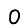
Digit: 0